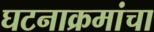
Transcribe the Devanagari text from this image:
घटनाक्रमांचा